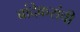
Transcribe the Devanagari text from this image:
बांदेकरांची